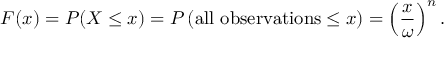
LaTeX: F ( x ) = P ( X \leq x ) = P \left( \mathrm { a l l \ o b s e r v a t i o n s } \leq x \right) = \left( { \frac { x } { \omega } } \right) ^ { n } .